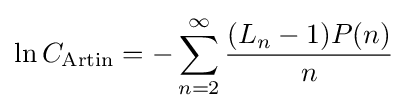
\ln C_{\mathrm {Artin} }=-\sum _{n=2}^{\infty }{\frac {(L_{n}-1)P(n)}{n}}